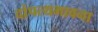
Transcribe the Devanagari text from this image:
दांपत्यभावना